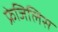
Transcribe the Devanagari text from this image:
फ्रेजिलिस